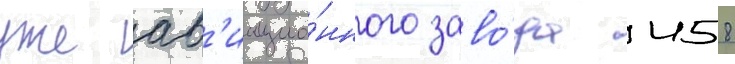
уже ав'иацио́нного заво́да 458